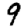
Digit: 9